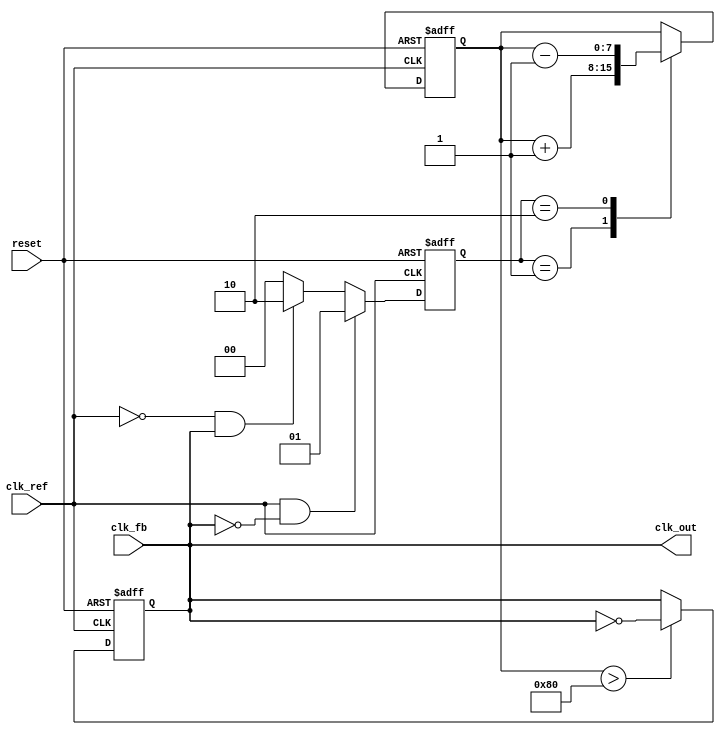
module pll (
    input wire clk_ref,         // Reference clock input
    input wire clk_fb,          // Feedback clock input
    input wire reset,           // Reset signal
    output wire clk_out         // Output clock signal
);

    // Parameters for VCO frequency multiplication
    parameter MULT_FACTOR = 4;  // VCO frequency multiplier

    // Internal signals
    reg [1:0] phase_error;      // Phase error signals from PFD
    reg [7:0] control_voltage;   // Control voltage for VCO
    reg clk_vco;                 // VCO output clock
    reg [7:0] loop_filter;       // Loop filter output

    // Phase Frequency Detector (PFD)
    always @(posedge clk_ref or posedge reset) begin
        if (reset) begin
            phase_error <= 2'b00;
        end else if (clk_ref && !clk_fb) begin
            phase_error <= 2'b01; // Reference clock is leading
        end else if (!clk_ref && clk_fb) begin
            phase_error <= 2'b10; // Feedback clock is leading
        end else begin
            phase_error <= 2'b00; // No phase error
        end
    end

    // Charge Pump
    always @(posedge clk_ref or posedge reset) begin
        if (reset) begin
            control_voltage <= 8'b00000000;
        end else begin
            case (phase_error)
                2'b01: control_voltage <= control_voltage + 1; // Increase voltage
                2'b10: control_voltage <= control_voltage - 1; // Decrease voltage
                default: control_voltage <= control_voltage;    // Hold voltage
            endcase
        end
    end

    // Voltage-Controlled Oscillator (VCO)
    always @(posedge clk_ref or posedge reset) begin
        if (reset) begin
            clk_vco <= 0;
        end else begin
            // Simple VCO model: toggle based on control voltage
            if (control_voltage > 128) begin
                clk_vco <= ~clk_vco; // Toggle VCO output
            end
        end
    end

    // Loop Filter (simple first-order filter)
    always @(posedge clk_ref or posedge reset) begin
        if (reset) begin
            loop_filter <= 8'b00000000;
        end else begin
            loop_filter <= (loop_filter + control_voltage) >> 1; // Simple averaging
        end
    end

    // Feedback path (for simulation purposes, we directly connect VCO output)
    assign clk_fb = clk_vco;

    // Output Driver
    assign clk_out = clk_vco;

endmodule